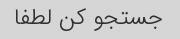
جستجو کن لطفا